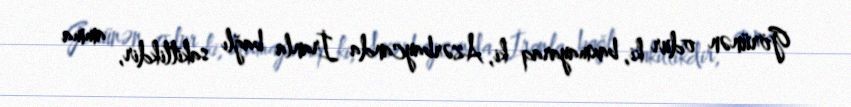
Görünən odur ki, baxmayaraq ki, Azərbaycanda İranla bağlı sakitlikdir, amma